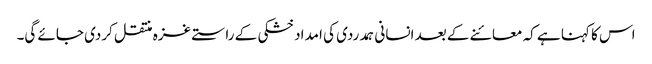
اس کا کہنا ہے کہ معائنے کے بعد انسانی ہمدردی کی امداد خشکی کے راستے غزہ منتقل کردی جائے گی۔